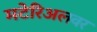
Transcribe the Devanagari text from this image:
मटेरिअलवर